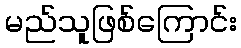
မည်သူဖြစ်ကြောင်း